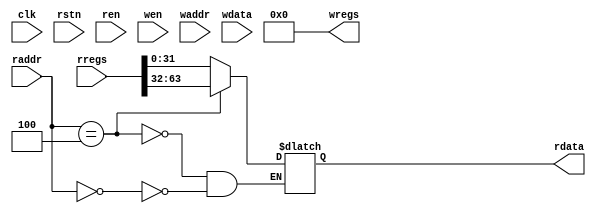
/********************************************************************************
// @project       Object Detection & Tracking Uint(ODTU)
// @filename      args_regs.v
// @author        3book
// @description   
// @created       2019-11-17T14:44:16.058Z+08:00
// @copyright     Copyright (c) 2019 
// @last-modified 2020-03-31T22:19:26.693Z+08:00
*******************************************************************************/

`timescale 1ns/100ps
module args_regs #(
    parameter BA = 16'h0000	, //Base address
    parameter NU = 2 	, //Registaer Number
    parameter TP = "RO"	, //Registaer type
    parameter DV = "OX"	, //Default value
    parameter AW = 32	, //Address width
    parameter DW = 32  	 //Data width
)(
    input   clk,
    input   rstn,
    // read
    input	[DW*NU-1:0]	rregs,
    input	        	ren,
    input	[AW-1:0]	raddr,
    output	[DW-1:0]	rdata,
    // write
    output	[DW*NU-1:0]	wregs,
    input	        	wen,
    input	[AW-1:0]	waddr,
    input	[DW-1:0]	wdata
);
localparam BS = DW/8;
integer	 i;
generate
if(TP=="RO")begin
    wire	[DW*NU-1:0]	regs;
    assign regs=rregs;
    assign wregs='b0;
    //read
    reg [DW-1:0]  rdata_out;
    always @(*) begin
        for ( i = 0; i < NU; i = i+1 )begin
            if( raddr == BA+i*BS )begin
                rdata_out = regs[i*DW+:DW];
            end
        end
    end
    assign rdata=rdata_out;
end
// write
if(TP=="RW")begin
    reg	[DW*NU-1:0]	regs;
    assign wregs=regs;
    always @(posedge clk) begin
        if ( rstn == 1'b0 )begin
            regs <= DV;
        end else if (wen ==1'b1) begin
            for ( i = 0; i < NU; i = i+1 )begin
                if( waddr == BA+i*BS )begin
                    regs[i*DW+:DW]<= wdata;
                end
            end
        end else;
    end
    //read
    reg [DW-1:0]  rdata_out;
    always @(*) begin
        for ( i = 0; i < NU; i = i+1 )begin
            if( raddr == BA+i*BS )begin
                rdata_out = regs[i*DW+:DW];
            end
        end
    end
    assign rdata=rdata_out;
end
// clear
if(TP=="WC")begin
    reg	[DW*NU-1:0]	regs;
    // assign wregs=regs;
    assign wregs='b0;
    always @(posedge clk) begin
        if ( rstn == 1'b0 )begin
            regs <= 'b0;
        end else if (wen ==1'b1) begin
            for ( i = 0; i < NU; i = i+1 )begin
                if( waddr == BA+i*BS )begin
                    regs[i*DW+:DW]<= regs[i*DW+:DW] & (~wdata);
                end
            end
        end else  begin
            regs <= regs | rregs;
        end
    end
    //read
    reg [DW-1:0]  rdata_out;
    always @(*) begin
        for ( i = 0; i < NU; i = i+1 )begin
            if( raddr == BA+i*BS )begin
                rdata_out = regs[i*DW+:DW];
            end
        end
    end
    assign rdata=rdata_out;
end
endgenerate
endmodule